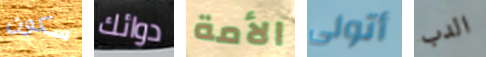
سكون دوائك الأمة أتولى الدب